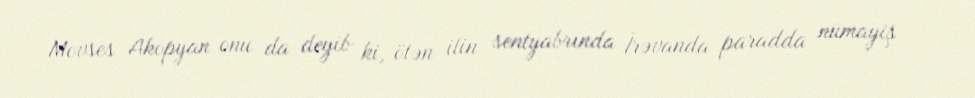
Movses Akopyan onu da deyib ki, ötən ilin sentyabrında İrəvanda paradda nümayiş